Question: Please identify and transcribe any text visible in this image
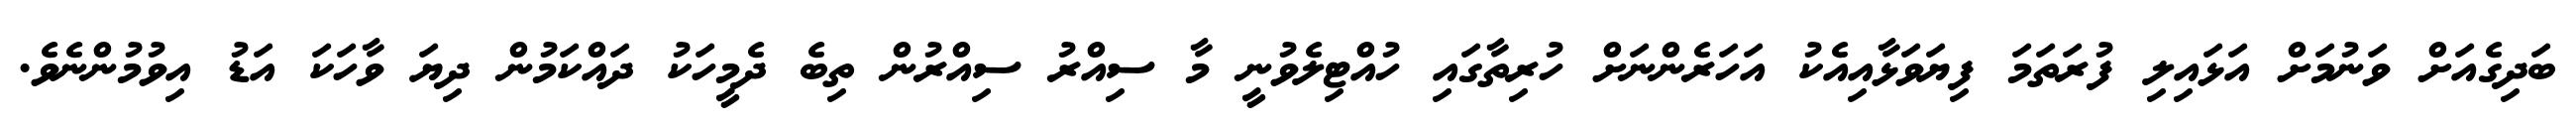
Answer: ބަދިގެއަށް ވަނުމަށް އަޅައިލި ފުރަތަމަ ފިޔަވަޅާއިއެކު އަހަރެންނަށް ހުރިތާގައި ހުއްޓިލެވުނީ މާ ސިއްރު ސިއްރުން ތިބެ ދެމީހަކު ދައްކަމުން ދިޔަ ވާހަކަ އަޑު އިވުމުންނެވެ.